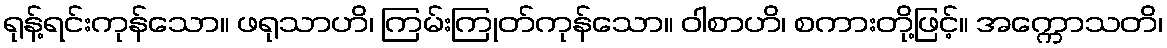
ရုန့်ရင်းကုန်သော။ ဖရုသာဟိ၊ ကြမ်းကြုတ်ကုန်သော။ ဝါစာဟိ၊ စကားတို့ဖြင့်။ အက္ကောသတိ၊